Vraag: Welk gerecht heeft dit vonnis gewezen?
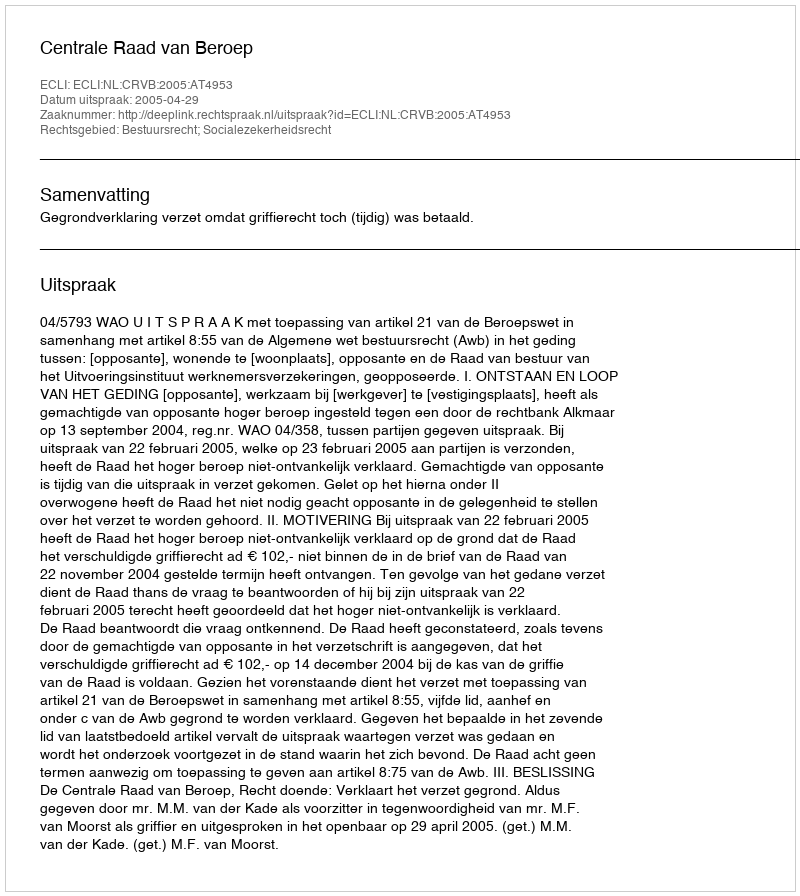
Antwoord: Centrale Raad van Beroep